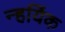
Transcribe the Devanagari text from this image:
न्हयिंक